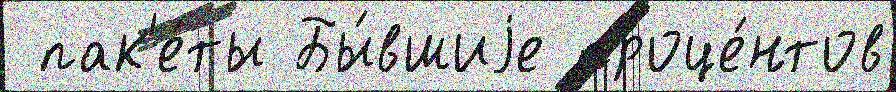
 пак'е́ты Бы́вшиjе проце́нтов